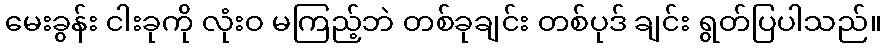
မေးခွန်း ငါးခုကို လုံးဝ မကြည့်ဘဲ တစ်ခုချင်း တစ်ပုဒ် ချင်း ရွတ်ပြပါသည်။